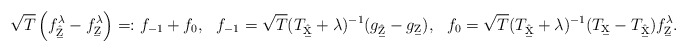
\begin{align*} \sqrt{T}\left(f^{\lambda}_{\hat{\b{z}}} - f^{\lambda}_{\b{z}}\right) &=: f_{-1}+f_0,& f_{-1} &= \sqrt{T} (T_{\hat{\b{x}}}+\lambda)^{-1}(g_{\hat{\b{z}}} - g_{\b{z}}),& f_{0} &= \sqrt{T} (T_{\hat{\b{x}}}+\lambda)^{-1}(T_{\b{x}}-T_{\hat{\b{x}}}) f^{\lambda}_{\b{z}}. \end{align*}